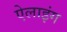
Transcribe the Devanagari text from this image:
ऐलाइंग